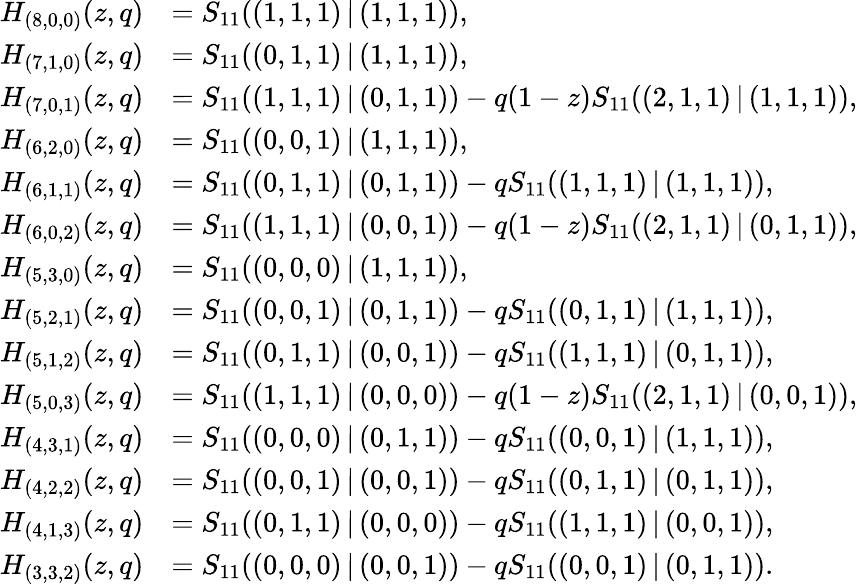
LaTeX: \begin{array}{ll}{H_{(8,0,0)}(z,q)}&{=S_{11}((1,1,1)\, |\, (1,1,1)),}\\ {H_{(7,1,0)}(z,q)}&{=S_{11}((0,1,1)\, |\, (1,1,1)),}\\ {H_{(7,0,1)}(z,q)}&{=S_{11}((1,1,1)\, |\, (0,1,1))-q(1-z)S_{11}((2,1,1)\, |\, (1,1,1)),}\\ {H_{(6,2,0)}(z,q)}&{=S_{11}((0,0,1)\, |\, (1,1,1)),}\\ {H_{(6,1,1)}(z,q)}&{=S_{11}((0,1,1)\, |\, (0,1,1))-qS_{11}((1,1,1)\, |\, (1,1,1)),}\\ {H_{(6,0,2)}(z,q)}&{=S_{11}((1,1,1)\, |\, (0,0,1))-q(1-z)S_{11}((2,1,1)\, |\, (0,1,1)),}\\ {H_{(5,3,0)}(z,q)}&{=S_{11}((0,0,0)\, |\, (1,1,1)),}\\ {H_{(5,2,1)}(z,q)}&{=S_{11}((0,0,1)\, |\, (0,1,1))-qS_{11}((0,1,1)\, |\, (1,1,1)),}\\ {H_{(5,1,2)}(z,q)}&{=S_{11}((0,1,1)\, |\, (0,0,1))-qS_{11}((1,1,1)\, |\, (0,1,1)),}\\ {H_{(5,0,3)}(z,q)}&{=S_{11}((1,1,1)\, |\, (0,0,0))-q(1-z)S_{11}((2,1,1)\, |\, (0,0,1)),}\\ {H_{(4,3,1)}(z,q)}&{=S_{11}((0,0,0)\, |\, (0,1,1))-qS_{11}((0,0,1)\, |\, (1,1,1)),}\\ {H_{(4,2,2)}(z,q)}&{=S_{11}((0,0,1)\, |\, (0,0,1))-qS_{11}((0,1,1)\, |\, (0,1,1)),}\\ {H_{(4,1,3)}(z,q)}&{=S_{11}((0,1,1)\, |\, (0,0,0))-qS_{11}((1,1,1)\, |\, (0,0,1)),}\\ {H_{(3,3,2)}(z,q)}&{=S_{11}((0,0,0)\, |\, (0,0,1))-qS_{11}((0,0,1)\, |\, (0,1,1)).}\end{array}